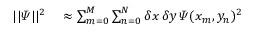
\begin{array} { r l } { | | \varPsi | | ^ { 2 } } & { { } \approx \sum _ { m = 0 } ^ { M } \sum _ { n = 0 } ^ { N } \delta x \, \delta y \, \varPsi ( x _ { m } , y _ { n } ) ^ { 2 } } \end{array}